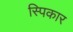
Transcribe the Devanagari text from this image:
स्पिकार